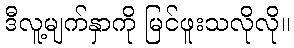
ဒီလူ့မျက်နှာကို မြင်ဖူးသလိုလို။